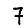
Digit: 7